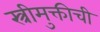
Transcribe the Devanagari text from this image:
स्त्रीमुक्तीची